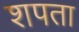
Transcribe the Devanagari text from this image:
शपता